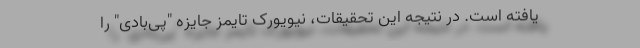
یافته است. در نتیجه این تحقیقات، نیویورک تایمز جایزه "پی‌بادی" را